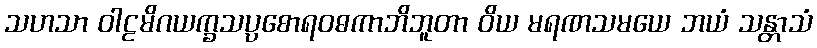
သဟသာ ဝါဠမိဂယက္ခသပ္ပစောရဝဓကာဘိဘူတာ ဝိယ မရဏသမယေ ဘယံ သန္တာသံ